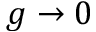
g \rightarrow 0